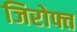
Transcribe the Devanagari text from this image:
जिरोफ्त